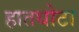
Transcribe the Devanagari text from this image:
हातधोटा